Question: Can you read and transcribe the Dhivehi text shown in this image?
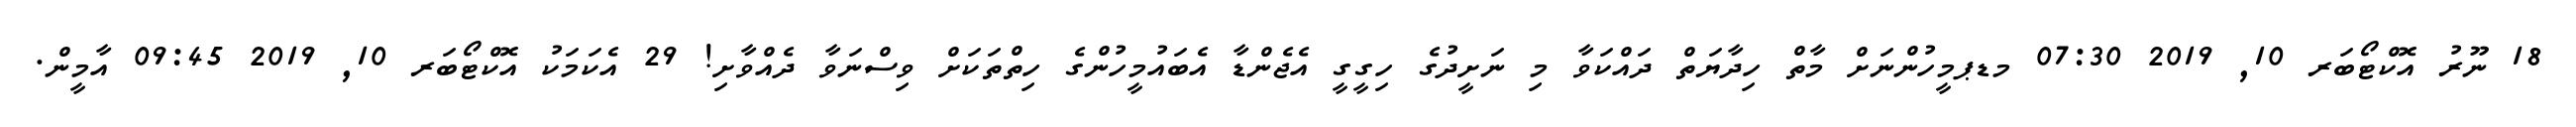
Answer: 18 ނޫރު އޮކްޓޯބަރ 10, 2019 07:30 މޑޕމީހުންނަށް މާތް ހިދާޔަތް ދައްކަވާ މި ނަށީދުގެ ހިގީގީ އެޖެންޑާ އެބައުމީހުންގެ ހިތްތަކަށް ވިސްނަވާ ދެއްވާށި! 29 އެކަމަކު އޮކްޓޯބަރ 10, 2019 09:45 އާމީން.